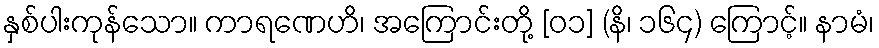
နှစ်ပါးကုန်သော။ ကာရဏေဟိ၊ အကြောင်းတို့ [၀၁] (နိ၊ ၁၆၄) ကြောင့်။ နာမံ၊